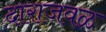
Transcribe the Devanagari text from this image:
दाराजवळ